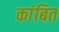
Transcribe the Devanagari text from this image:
कांबित